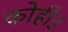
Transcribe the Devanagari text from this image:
कोहीड